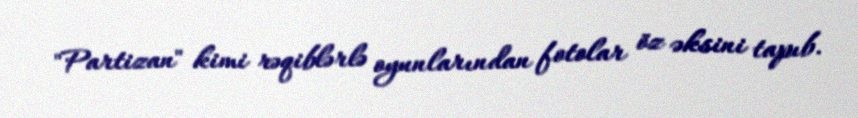
"Partizan" kimi rəqiblərlə oyunlarından fotolar öz əksini tapıb.